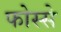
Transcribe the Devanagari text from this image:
फोस्से